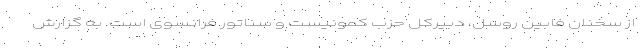
از سخنان فابین روسل، دبیرکل حزب کمونیست و سناتور فرانسوی است. به گزارش